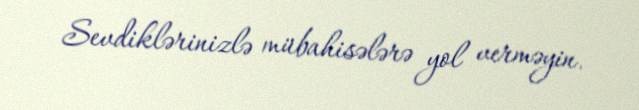
Sevdiklərinizlə mübahisələrə yol verməyin.